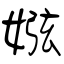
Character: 娹